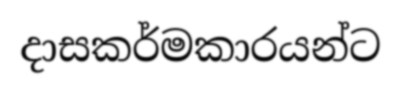
දාසකර්මකාරයන්ට